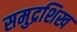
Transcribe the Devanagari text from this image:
समुद्रशिख